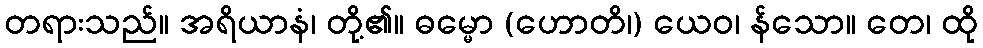
တရားသည်။ အရိယာနံ၊ တို့၏။ ဓမ္မော (ဟောတိ၊) ယေဝ၊ န်သော။ တေ၊ ထို